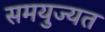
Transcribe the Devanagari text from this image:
समयुज्यत